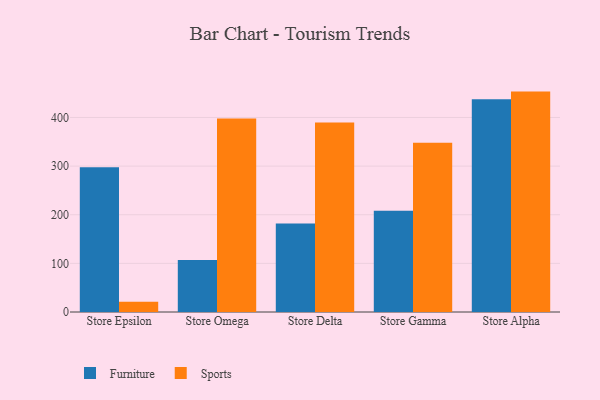
{"axis": {"x": "Store", "y": "Satisfaction Score"}, "legend": ["Furniture", "Sports"], "data": [{"x": "Store Epsilon", "y": 297.5, "type": "Furniture"}, {"x": "Store Epsilon", "y": 21.0, "type": "Sports"}, {"x": "Store Omega", "y": 106.7, "type": "Furniture"}, {"x": "Store Omega", "y": 398.1, "type": "Sports"}, {"x": "Store Delta", "y": 182.1, "type": "Furniture"}, {"x": "Store Delta", "y": 389.5, "type": "Sports"}, {"x": "Store Gamma", "y": 208.3, "type": "Furniture"}, {"x": "Store Gamma", "y": 348.1, "type": "Sports"}, {"x": "Store Alpha", "y": 437.4, "type": "Furniture"}, {"x": "Store Alpha", "y": 453.2, "type": "Sports"}]}